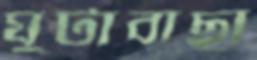
ঘুটাবাছা